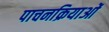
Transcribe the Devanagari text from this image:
पाचनक्रियाओं